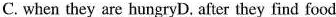
C. when they are hungry D, after they find food